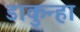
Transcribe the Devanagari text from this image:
डाकुन्हा